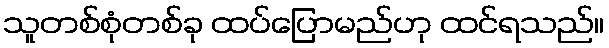
သူတစ်စုံတစ်ခု ထပ်ပြောမည်ဟု ထင်ရသည်။